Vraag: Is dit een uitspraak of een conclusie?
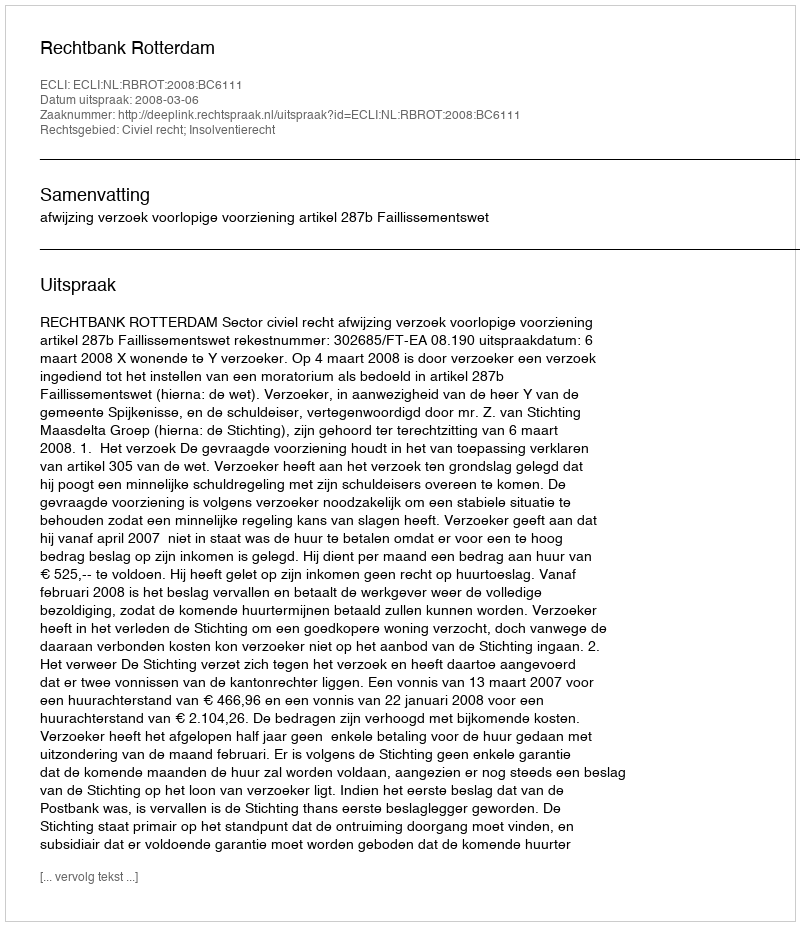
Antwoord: Uitspraak